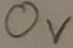
Text: 0V